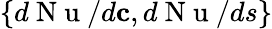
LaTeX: \{ d\mathrm{~N~u~}/d\mathbf{c},d\mathrm{~N~u~}/ds\}